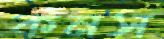
কনস